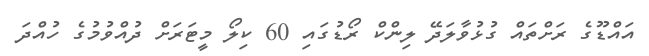
އައްޑޫގެ ރަށްތައް ގުޅުވާލަދޭ ލިންކް ރޯޑުގައި 60 ކިލޯ މީޓަރަށް ދުއްވުމުގެ ހުއްދަ